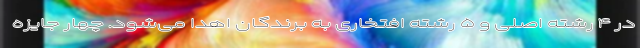
در ۴ رشته اصلی و ۵ رشته افتخاری به برندگان اهدا می‌شود. چهار جایزه